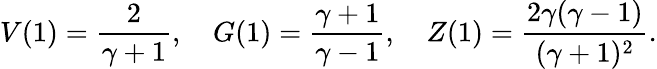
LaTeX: V(1)={\frac{2}{\gamma+1}},\quad G(1)={\frac{\gamma+1}{\gamma-1}},\quad Z(1)={\frac{2\gamma(\gamma-1)}{(\gamma+1)^{2}}}.